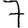
Digit: 7